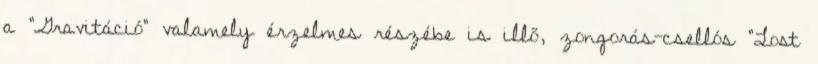
a "Gravitáció" valamely érzelmes részébe is illő, zongorás-csellós "Lost